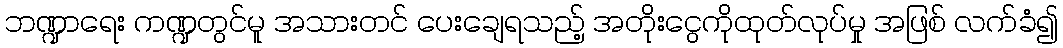
ဘဏ္ဍာရေး ကဏ္ဍတွင်မူ အသားတင် ပေးချေရသည့် အတိုးငွေကိုထုတ်လုပ်မှု အဖြစ် လက်ခံ၍